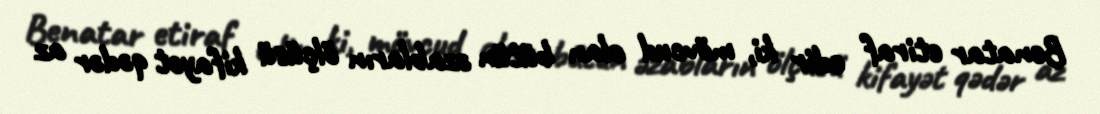
Benatar etiraf edir ki, mövcud olan bütün əzabların ölçüsü kifayət qədər az